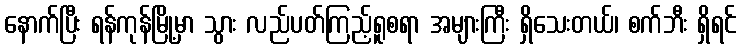
နောက်ပြီး ရန်ကုန်မြို့မှာ သွား လည်ပတ်ကြည့်ရူစရာ အများကြီး ရှိသေးတယ်၊ စက်ဘီး ရှိရင်